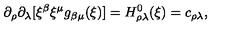
\partial _ { \rho } \partial _ { \lambda } [ \xi ^ { \beta } \xi ^ { \mu } g _ { \beta \mu } ( \xi ) ] = H _ { \rho \lambda } ^ { 0 } ( \xi ) = c _ { \rho \lambda } ,